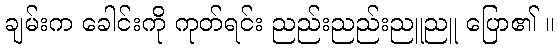
ချမ်းက ခေါင်းကို ကုတ်ရင်း ညည်းညည်းညူညူ ပြော၏ ။